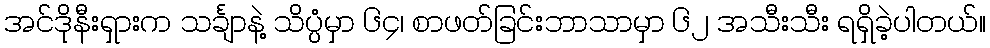
အင်ဒိုနီးရှားက သင်္ချာနဲ့ သိပ္ပံမှာ ၆၄၊ စာဖတ်ခြင်းဘာသာမှာ ၆၂ အသီးသီး ရရှိခဲ့ပါတယ်။